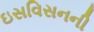
ઇસવિસનની